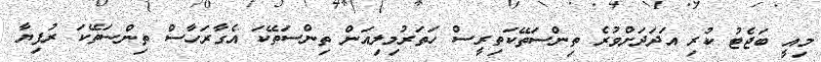
މިއީ ބަޖެޓު ކުރި އަދަދަށްވުރެ ތިންސަތޭކަތިރީސް ހަތަރުމިލިއަން ތިންސަތޭކަ އެގާރަހާސް ތިންސަތޭކަ ރުފިޔާ